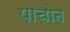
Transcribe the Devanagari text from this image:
पाचोन